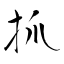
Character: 抓